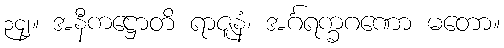
၃၄၂။ အနီကဋ္ဌောတိ ရာဇူနံ၊ အင်္ဂရက္ခဂဏော မတော။